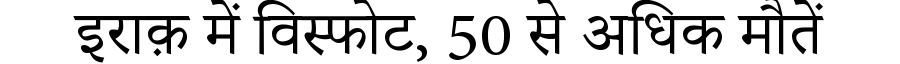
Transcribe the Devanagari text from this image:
इराक़ में विस्फोट, 50 से अधिक मौतें